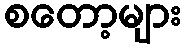
စတော့များ